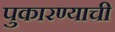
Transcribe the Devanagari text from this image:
पुकारण्याची